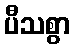
ပီသစွာ